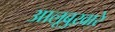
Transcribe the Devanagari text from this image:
आलूबुख़ारे